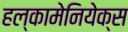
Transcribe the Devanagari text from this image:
हल्कामेनियेक्स